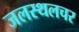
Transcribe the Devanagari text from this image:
जलस्थलचर